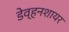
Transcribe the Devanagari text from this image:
डेव्हनशायर